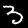
Label: 3